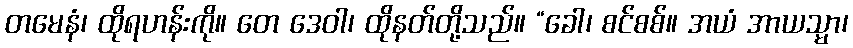
တမေနံ၊ ထိုရဟန်းကို။ တေ ဒေဝါ၊ ထိုနတ်တို့သည်။ “ခေါ၊ စင်စစ်။ အယံ အာယသ္မာ၊